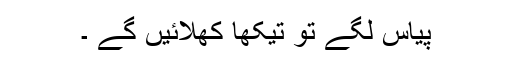
پیاس لگے تو تیکھا کھلائیں گے ۔